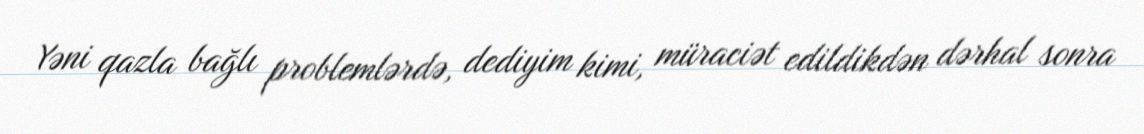
Yəni qazla bağlı problemlərdə, dediyim kimi, müraciət edildikdən dərhal sonra